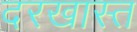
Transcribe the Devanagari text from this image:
दरखास्त